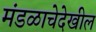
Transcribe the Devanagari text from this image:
मंडळाचेदेखील